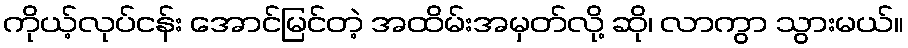
ကိုယ့်လုပ်ငန်း အောင်မြင်တဲ့ အထိမ်းအမှတ်လို့ ဆို၊ လာကွာ သွားမယ်။